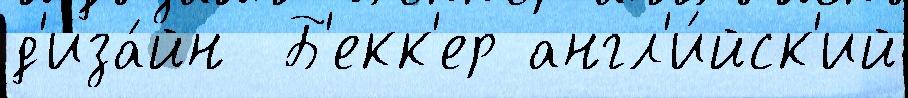
д'иза́йн  Б'екк'ер англ'и́йск'ий